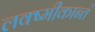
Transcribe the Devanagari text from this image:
लक्ष्मीकान्तं